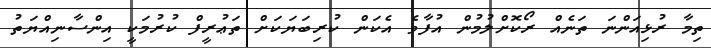
ތިމާ ރުޅިއަންނަ ތަނެއް ރޯކޮށްލުމުން އުފާވެ އެކަން ކުރިބަޔަކަށް ތަޢުރީފް ކުރުމަކީ އިންސާނިއްޔަތު